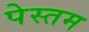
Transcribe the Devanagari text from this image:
पेस्तम